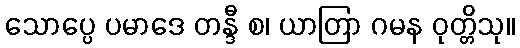
သောပ္ပေ ပမာဒေ တန္ဒီ စ၊ ယာတြာ ဂမန ဝုတ္တိသု။